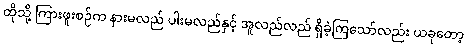
ထိုသို့ ကြားဖူးစဉ်က နားမလည် ပါးမလည်နှင့် အူလည်လည် ရှိခဲ့ကြသော်လည်း ယခုတော့